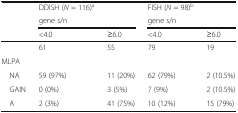
|  | DDISH (N = 116)a |  | FISH (N = 98)b |  |
 |  | <COLSPAN=2> gene s/n | <COLSPAN=2> gene s/n |
 |  | <4.0 | ≥6.0 | <4.0 | ≥6.0 |
 | --- | --- | --- | --- | --- |
 |  | 61 | 55 | 79 | 19 |
 | <COLSPAN=5> MLPA |
 | NA | 59 (97%) | 11 (20%) | 62 (79%) | 2 (10.5%) |
 | GAIN | 0 (0%) | 3 (5%) | 7 (9%) | 2 (10.5%) |
 | A | 2 (3%) | 41 (75%) | 10 (12%) | 15 (79%) |